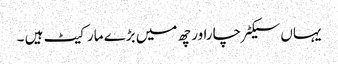
یہاں سیکٹر چاراور چھ میں بڑے مارکیٹ ہیں ۔